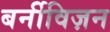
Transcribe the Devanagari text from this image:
बर्नीविज़न